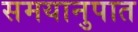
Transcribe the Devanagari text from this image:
समयानुपात